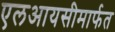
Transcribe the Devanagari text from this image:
एलआयसीमार्फत